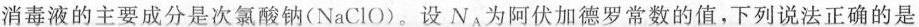
消毒液的主要成分是次氯酸钠(NaClO)。设N_{ A }为阿伏加德罗常数的值，下列说法正确的是